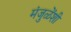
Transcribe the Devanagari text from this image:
मंजुळेंशी